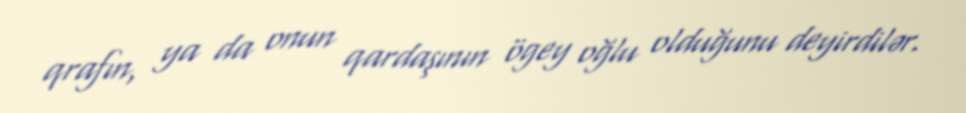
qrafın, ya da onun qardaşının ögey oğlu olduğunu deyirdilər.